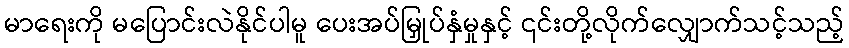
မာရေးကို မပြောင်းလဲနိုင်ပါမူ ပေးအပ်မြှုပ်နှံမှုနှင့် ၎င်းတို့လိုက်လျှောက်သင့်သည့်